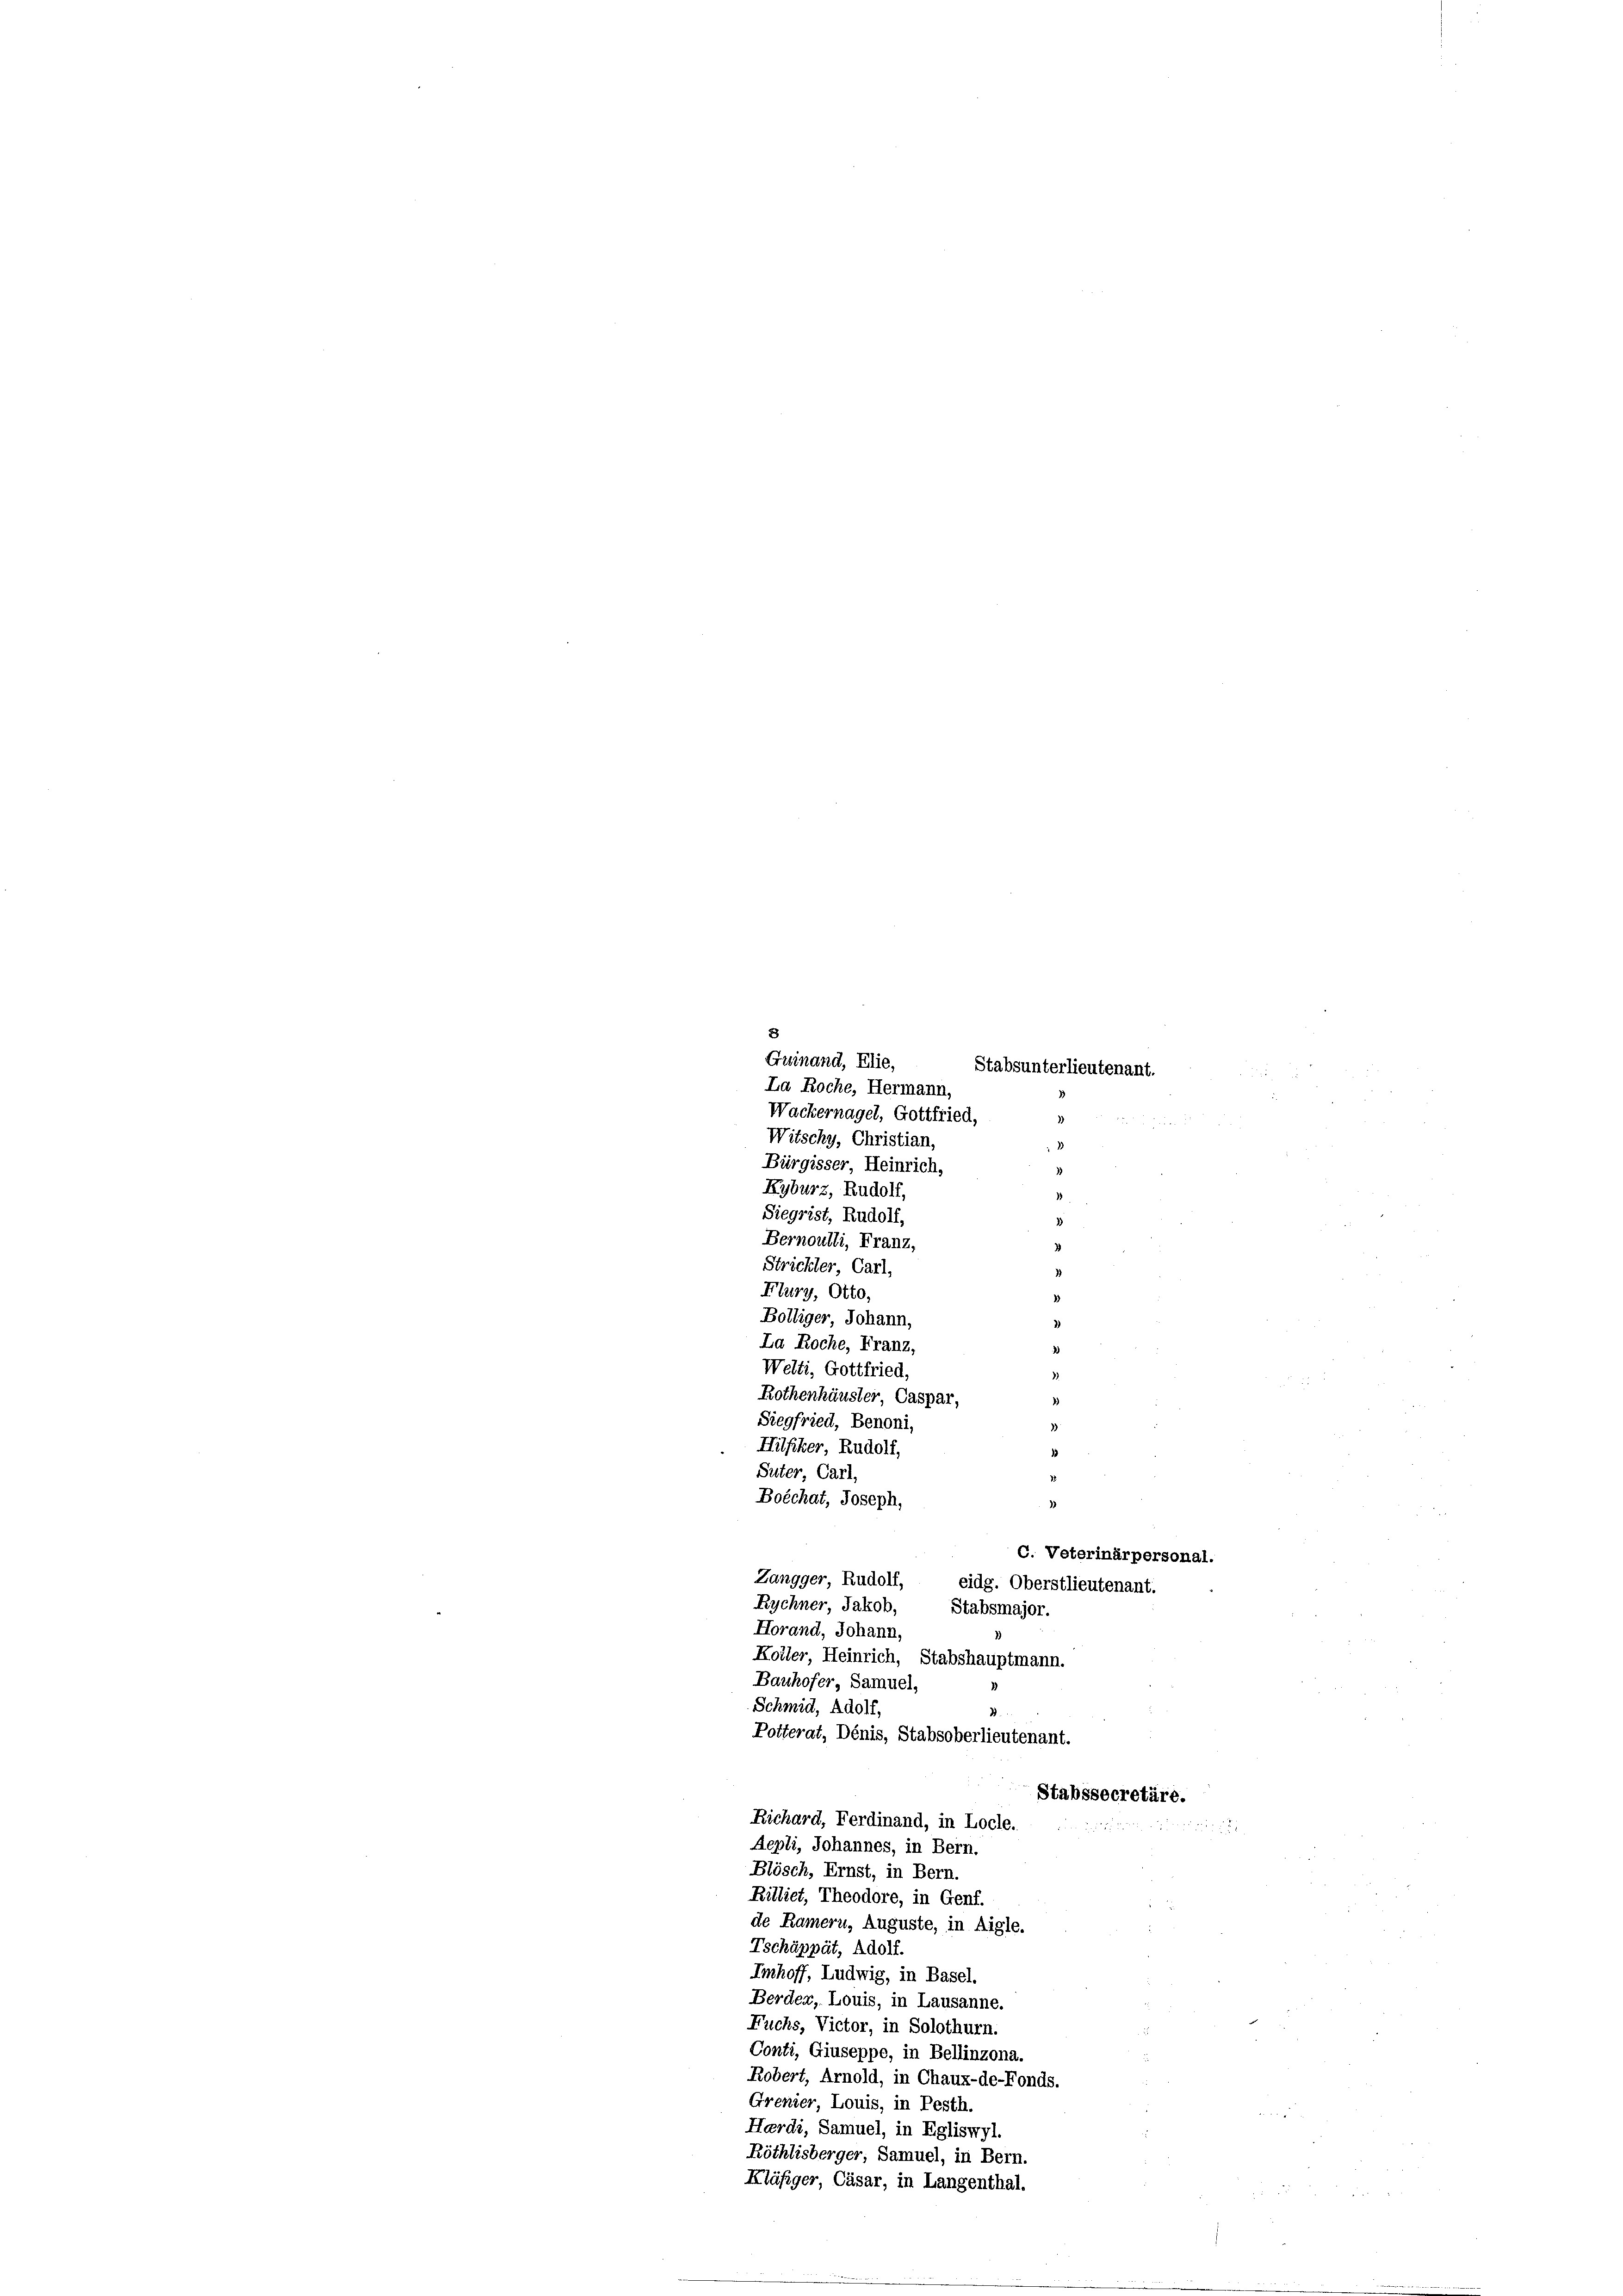
3)
Bernoulli, Franz,
Strickter Carl,
Flury, Otto,
Bölliger Johann,
La Roche, Franz,
Welti, Gottfried,
Rothenhäusler Caspar,
Siegfried, Benoni,
Suter Carl,
Zangger, Rudolf, eidg. Oberstlieutenant.
Rychner, Jakob, Stabsmajor.
Horand, Johann,
Koller Heinrich, Stabshauptmann.
Bauhofer Samuel,
Schmid, Adolf,
Potterat, Dénis, Stabsoberlieutenant.
Stabssecretäre.
Richard, Ferdinand, in Locle.
Aepli, Johannes, in Bern.
Blösch, Ernst, in Bern.
Rilliet, Theodore, in Genf.
de Ramern, Auguste, in Aigle.
Tschäppät, Adolf.
Imhoff, Ludwig, in Basel.
Berden, Louis, in Lausanne.
Fuchs, Victor, in Solothurn.
Conti, Giuseppe, in Bellinzona.
Robert, Arnold, in Chaux-de-Fonds.
Grenier Louis, in Pesth.
Hardi, Samuel, in Egliswyl.
Röthlisberger, Samuel, in Bern.
Kläfiger, Cäsar, in Langenthal.

8
Guinand, Elie,
La Roche, Hermann,
Wackernagel, Gottfried,
Witschy, Christian,
Bürgisser Heinrich,
Kyburz, Rudolf,
Siegrist, Rudolf,

Hilfiker Rudolf,

Boéchat, Joseph,

¬
Stabsunterlieutenant.

3
3
1
1
1)
)
3
2
e
3
C. Veterinärpersonal.